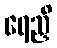
ရေညှိ